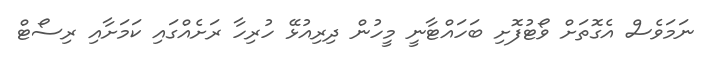
ނަމަވެސް އެގޮތަށް ވޯޓުފޮށި ބަހައްޓާނީ މީހުން ދިރިއުޅޭ ހުރިހާ ރަށެއްގައި ކަމަށާއި ރިސޯޓް